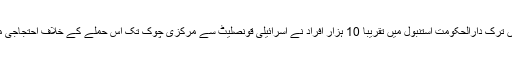
اسی اثنا میں ترک دارالحکومت استنبول میں تقریباً 10 ہزار افراد نے اسرائیلی قونصلیٹ سے مرکزی چوک تک اس حملے کے خلاف احتجاجی مظاہرہ کیا۔